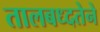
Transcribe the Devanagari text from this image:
तालबध्दतेने